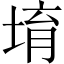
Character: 堉